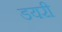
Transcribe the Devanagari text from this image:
डयरी